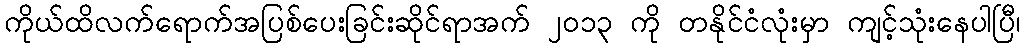
ကိုယ်ထိလက်ရောက်အပြစ်ပေးခြင်းဆိုင်ရာအက် ၂၀၁၃ ကို တနိုင်ငံလုံးမှာ ကျင့်သုံးနေပါပြီ၊